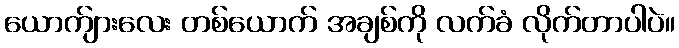
ယောက်ျားလေး တစ်ယောက် အချစ်ကို လက်ခံ လိုက်တာပါပဲ။